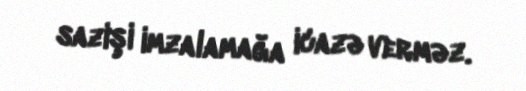
sazişi imzalamağa icazə verməz.